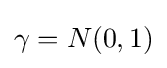
\textstyle \gamma =N(0,1)